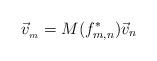
LaTeX: \begin{align*}\vec v_{_m} = M(f^*_{m,n}) \vec v_{n}\end{align*}